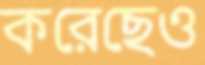
করেছেও